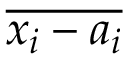
\overline { { x _ { i } - a _ { i } } }